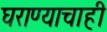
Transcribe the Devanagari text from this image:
घराण्याचाही